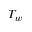
T _ { w }